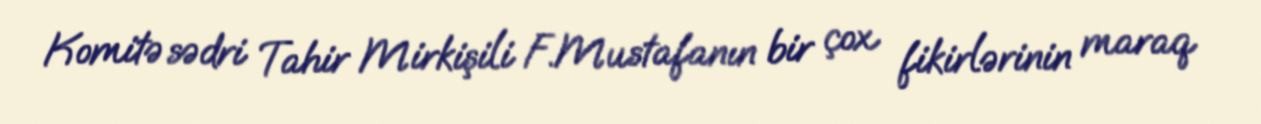
Komitə sədri Tahir Mirkişili F.Mustafanın bir çox fikirlərinin maraq